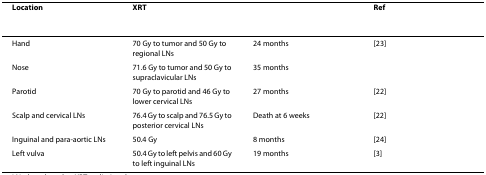
<table><thead><tr><td><b>Location</b></td><td><b>XRT</b></td><td>[EMPTY_CELL]</td><td><b>Ref</b></td></tr></thead><tbody><tr><td>Hand</td><td>70 Gy to tumor and 50 Gy to regional LNs</td><td>24 months</td><td>[23]</td></tr><tr><td>Nose</td><td>71.6 Gy to tumor and 50 Gy to supraclavicular LNs</td><td>35 months</td><td>[EMPTY_CELL]</td></tr><tr><td>Parotid</td><td>70 Gy to parotid and 46 Gy to lower cervical LNs</td><td>27 months</td><td>[22]</td></tr><tr><td>Scalp and cervical LNs</td><td>76.4 Gy to scalp and 76.5 Gy to posterior cervical LNs</td><td>Death at 6 weeks</td><td>[22]</td></tr><tr><td>Inguinal and para-aortic LNs</td><td>50.4 Gy</td><td>8 months</td><td>[24]</td></tr><tr><td>Left vulva</td><td>50.4 Gy to left pelvis and 60 Gy to left inguinal LNs</td><td>19 months</td><td>[3]</td></tr></tbody></table>